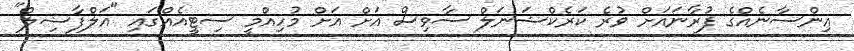
އިންސާނެއްގެ ފުރާނައަށް ވުރެ ކަރެކްޝަނަލް ސާވިސް އަށް އަށް މުހިއްމީ ސިޓީއެއްގައި "އަލްފާޟިލް"